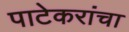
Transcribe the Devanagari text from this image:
पाटेकरांचा